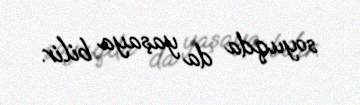
soyuqda da yaşaya bilir.